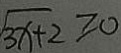
\sqrt { 3 x + 2 } \geq 0